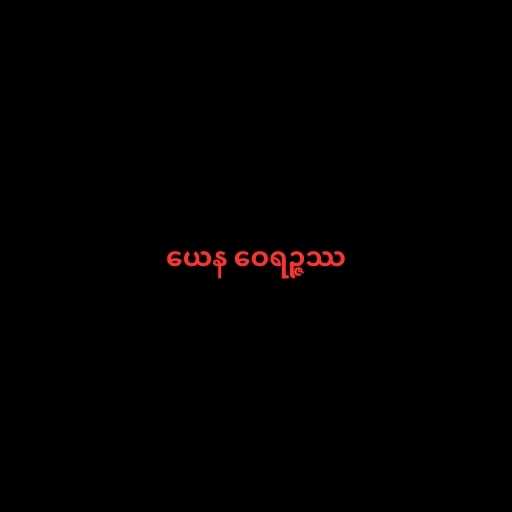
ယေန ဝေရဉ္ဇဿ